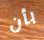
بأن